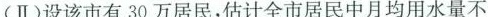
(Ⅱ)设该市有30万居民，估计全市居民中月均用水量不